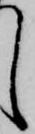
し